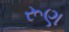
રૂણ